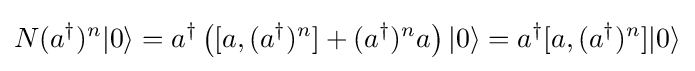
N(a^{\dagger })^{n}|0\rangle =a^{\dagger }\left([a,(a^{\dagger })^{n}]+(a^{\dagger })^{n}a\right)|0\rangle =a^{\dagger }[a,(a^{\dagger })^{n}]|0\rangle